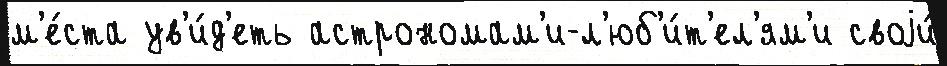
м'е́ста ув'и́д'еть астрономам'и-л'юб'и́т'ел'ям'и своjи́